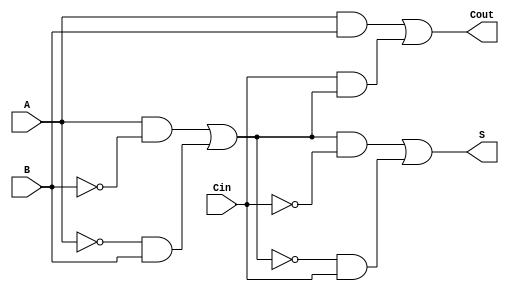
module TransmissionGateFullAdder (
    input wire A,      // First binary input
    input wire B,      // Second binary input
    input wire Cin,    // Carry-in input
    output wire S,     // Sum output
    output wire Cout   // Carry-out output
);

// Internal wires for intermediate signals
wire A_and_B;
wire A_xor_B;
wire Cin_and_A_xor_B;

// Transmission gate implementation for A XOR B
assign A_xor_B = (A & ~B) | (~A & B);

// Transmission gate implementation for (A XOR B) XOR Cin
assign S = (A_xor_B & ~Cin) | (~A_xor_B & Cin);

// Transmission gate implementation for A AND B
assign A_and_B = A & B;

// Transmission gate implementation for Cin AND (A XOR B)
assign Cin_and_A_xor_B = Cin & A_xor_B;

// Carry-out calculation using OR logic
assign Cout = A_and_B | Cin_and_A_xor_B;

endmodule